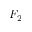
F _ { 2 }